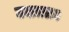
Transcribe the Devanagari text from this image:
उठाता।